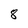
Character: 8